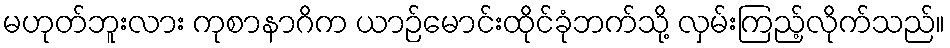
မဟုတ်ဘူးလား ကုစာနာဂိက ယာဉ်မောင်းထိုင်ခုံဘက်သို့ လှမ်းကြည့်လိုက်သည်။